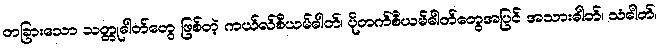
တခြားသော သတ္တုဓါတ်တွေ ဖြစ်တဲ့ ကယ်လ်စီယမ်ဓါတ်၊ ပိုတက်စီယမ်ဓါတ်တွေအပြင် အသားဓါတ်၊ သံဓါတ်၊